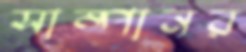
সাম্পানর